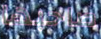
صاحبها